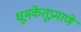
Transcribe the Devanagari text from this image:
धूमकेतूप्रमाणे